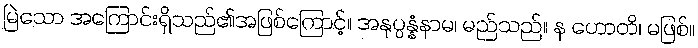
မြဲသော အကြောင်းရှိသည်၏အဖြစ်ကြောင့်။ အနုပ္ပန္နံနာမ၊ မည်သည်။ န ဟောတိ၊ မဖြစ်။